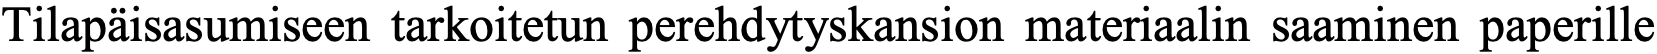
Tilapäisasumiseen tarkoitetun perehdytyskansion materiaalin saaminen paperille